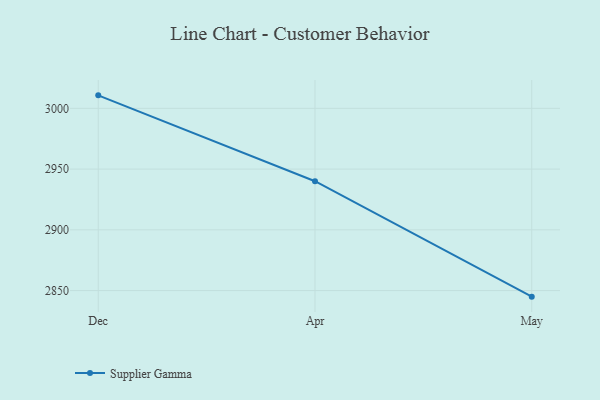
{"axis": {"x": "Month", "y": "Market Share (%)"}, "legend": ["Supplier Gamma"], "data": [{"x": "Dec", "y": 3010.7, "type": "Supplier Gamma"}, {"x": "Apr", "y": 2940.0, "type": "Supplier Gamma"}, {"x": "May", "y": 2845.0, "type": "Supplier Gamma"}]}